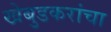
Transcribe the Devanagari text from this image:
खेबुडकरांचा